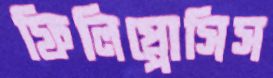
ফিলিপ্পোসিস